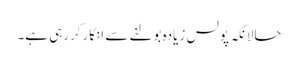
حالانکہ پولس زیادہ بولنے سے انکارکررہی ہے۔